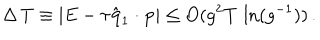
LaTeX: \Delta \, T \equiv | E - \tau \hat { { \bf q } } _ { 1 } \cdot { \bf p } | \leq O ( g ^ { 2 } T \, \ln ( g ^ { - 1 } ) ) \, .